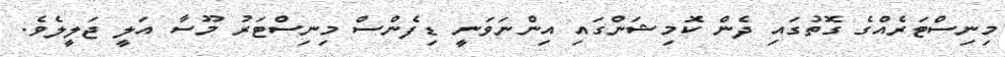
މިނިސްޓަރެއްގެ ގޮތުގައި ދެން ކޮމިޝަންގައި އިންނަވަނީ ޑިފެންސް މިނިސްޓަރު މޫސާ އަލީ ޖަލީލެވެ.